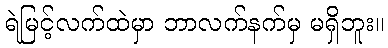
ရဲမြင့်လက်ထဲမှာ ဘာလက်နက်မှ မရှိဘူး။